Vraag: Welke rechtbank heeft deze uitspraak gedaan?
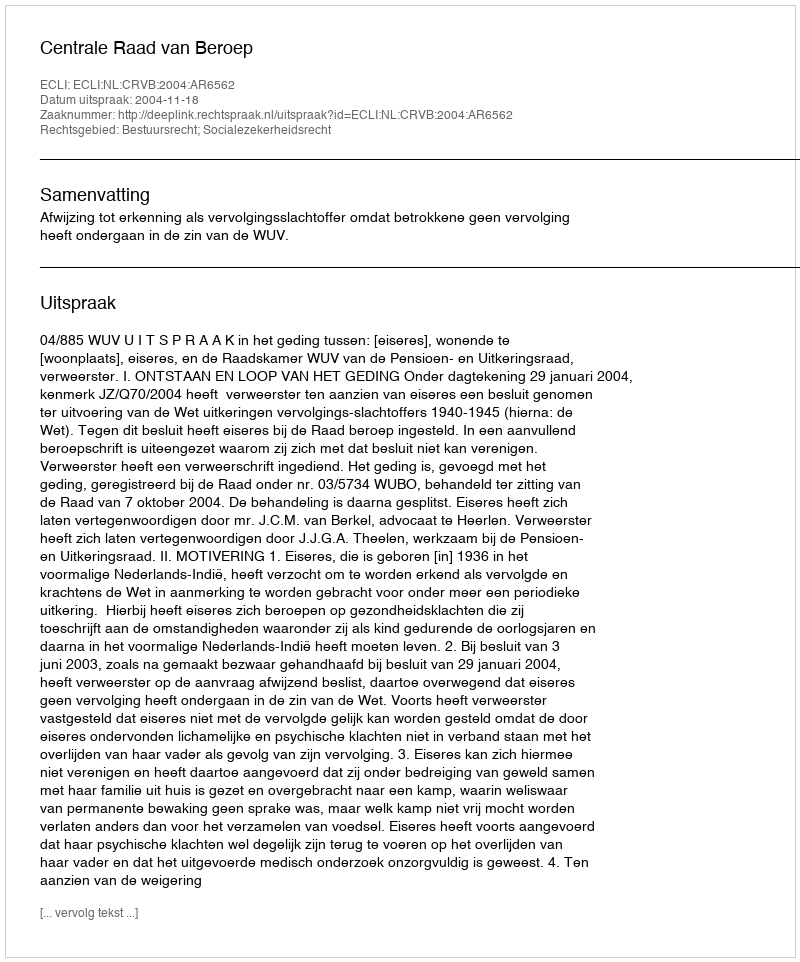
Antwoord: Centrale Raad van Beroep